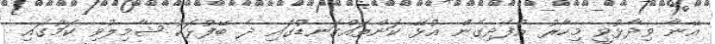
އޭނާ ވިދާޅުވީ މިހާރު އުފެދިގެން އުޅޭ ކަންތައްގަނޑުގައި ދެ ބޭފުޅަކު ޝާމިލުވި ކަމުގައި